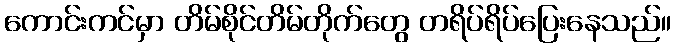
ကောင်းကင်မှာ တိမ်စိုင်တိမ်တိုက်တွေ တရိပ်ရိပ်ပြေးနေသည်။